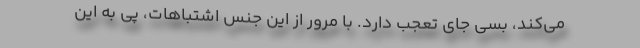
می‌کند، بسی جای تعجب دارد. با مرور از این جنس اشتباهات، پی به این